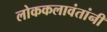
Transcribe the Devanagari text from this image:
लोककलावंतांनी